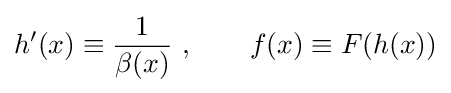
h'(x)\equiv {\frac {1}{\beta (x)}}~,\qquad f(x)\equiv F(h(x))